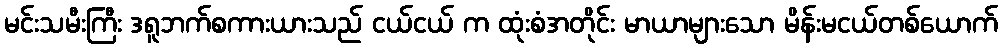
မင်းသမီးကြီး ဒရူဘက်စကားယားသည် ငယ်ငယ် က ထုံးစံအတိုင်း မာယာများသော မိန်းမငယ်တစ်ယောက်